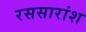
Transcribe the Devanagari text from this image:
रससारांश